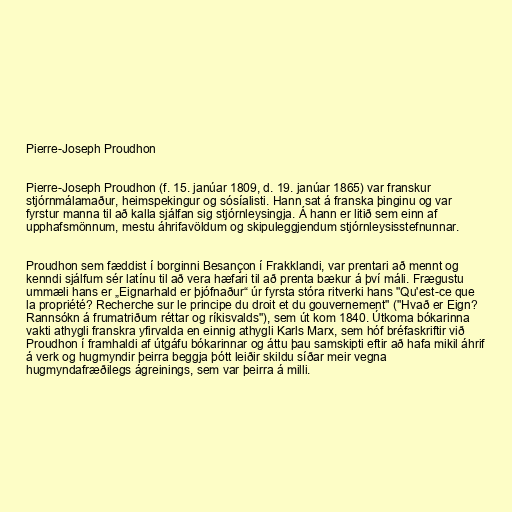
Pierre-Joseph Proudhon

Pierre-Joseph Proudhon (f. 15. janúar 1809, d. 19. janúar 1865) var franskur
stjórnmálamaður, heimspekingur og sósíalisti. Hann sat á franska þinginu og var
fyrstur manna til að kalla sjálfan sig stjórnleysingja. Á hann er litið sem einn af
upphafsmönnum, mestu áhrifavöldum og skipuleggjendum stjórnleysisstefnunnar.

Proudhon sem fæddist í borginni Besançon í Frakklandi, var prentari að mennt og
kenndi sjálfum sér latínu til að vera hæfari til að prenta bækur á því máli. Frægustu
ummæli hans er „Eignarhald er þjófnaður“ úr fyrsta stóra ritverki hans "Qu'est-ce que
la propriété? Recherche sur le principe du droit et du gouvernement" ("Hvað er Eign?
Rannsókn á frumatriðum réttar og ríkisvalds"), sem út kom 1840. Útkoma bókarinna
vakti athygli franskra yfirvalda en einnig athygli Karls Marx, sem hóf bréfaskriftir við
Proudhon í framhaldi af útgáfu bókarinnar og áttu þau samskipti eftir að hafa mikil áhrif
á verk og hugmyndir þeirra beggja þótt leiðir skildu síðar meir vegna
hugmyndafræðilegs ágreinings, sem var þeirra á milli.